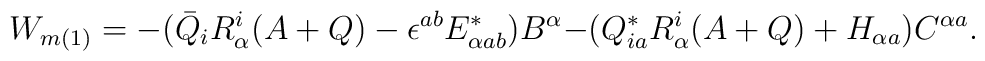
W_{m(1)} = - \bigr(\bar{Q}_i R^i_\alpha(A + Q) - \epsilon^{ab} E_{\alpha ab}^* \bigr) B^\alpha - \bigr( Q_{i a}^* R^i_\alpha(A + Q) + H_{\alpha a} \bigr) C^{\alpha a}.